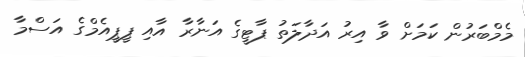
މެމްބަރުން ކަމަށް ވާ އިރު އަދާލަތު ޕާޓީގެ އަނާރާ އާއި ޕީޕީއެމްގެ އަސްމާ